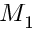
M _ { 1 }